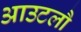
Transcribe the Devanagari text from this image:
आउटलौ